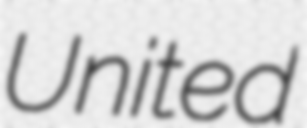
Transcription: United